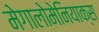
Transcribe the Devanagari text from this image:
मेगालोमेनियाक्स